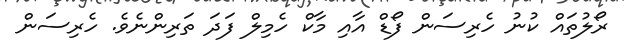
ރޯލުތައް ކުނު ހެރިސަން ފޯޑް އާއި މާކް ހެމިލް ފަދަ ތަރިންނެވެ. ހެރިސަން